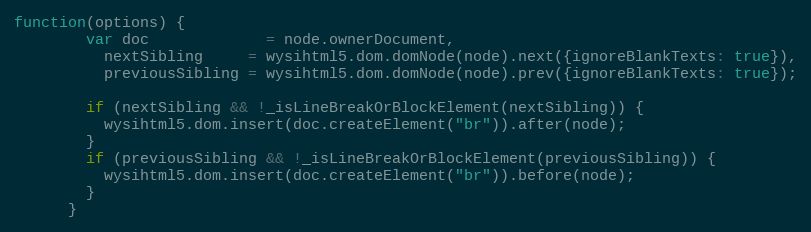
Language: JavaScript
function(options) {
        var doc             = node.ownerDocument,
          nextSibling     = wysihtml5.dom.domNode(node).next({ignoreBlankTexts: true}),
          previousSibling = wysihtml5.dom.domNode(node).prev({ignoreBlankTexts: true});

        if (nextSibling && !_isLineBreakOrBlockElement(nextSibling)) {
          wysihtml5.dom.insert(doc.createElement("br")).after(node);
        }
        if (previousSibling && !_isLineBreakOrBlockElement(previousSibling)) {
          wysihtml5.dom.insert(doc.createElement("br")).before(node);
        }
      }